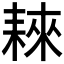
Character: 𦓹